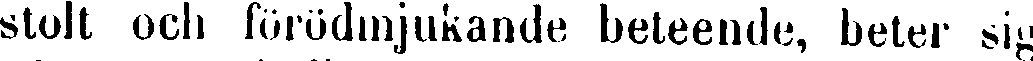
stolt och förödmjukande beteende, beter sig